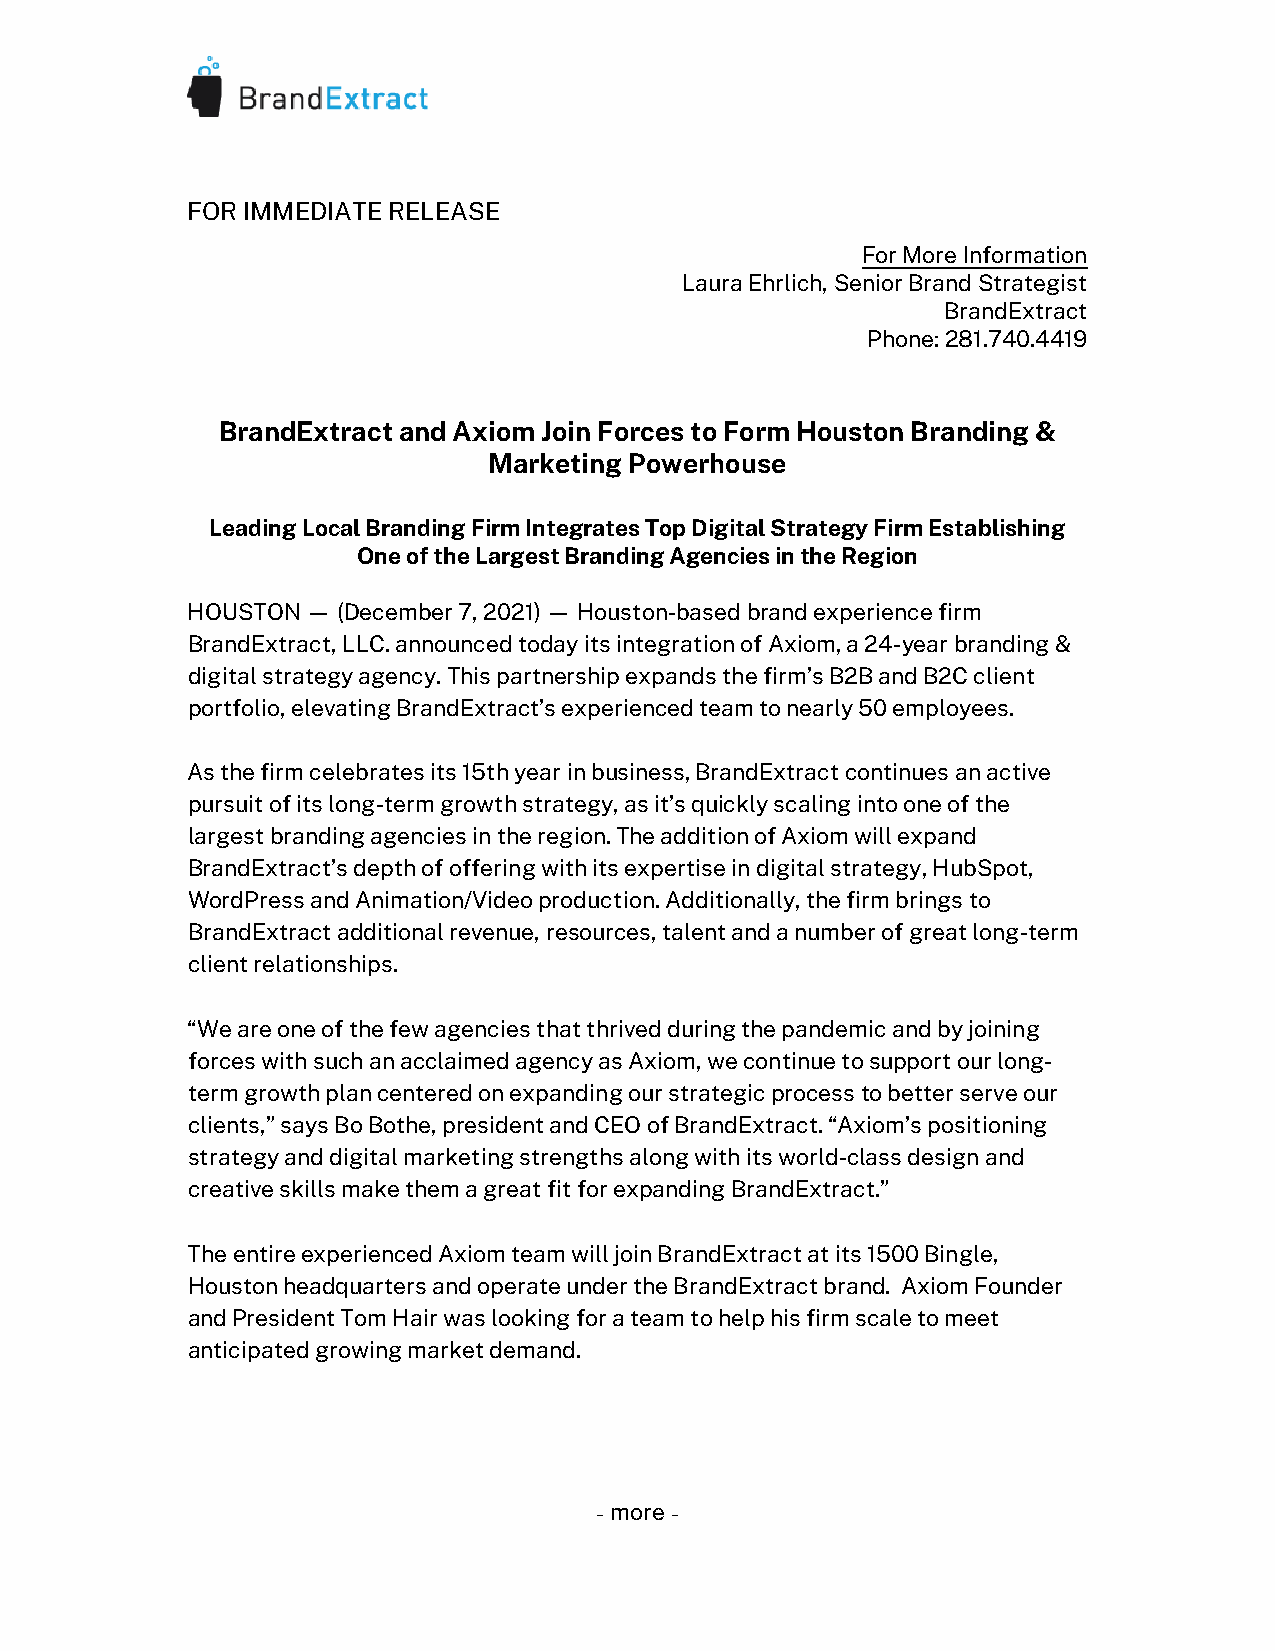
FOR IMMEDIATE RELEASE
 For More Information
 Laura Ehrlich, Senior Brand Strategist
 BrandExtract
 Phone: 281.740.4419
 BrandExtract and Axiom Join Forces to Form Houston Branding &
 Marketing Powerhouse
 Leading Local Branding Firm Integrates Top Digital Strategy Firm Establishing
 One of the Largest Branding Agencies in the Region
 HOUSTON — (December 7, 2021) — Houston-based brand experience firm
 BrandExtract, LLC. announced today its integration of Axiom, a 24-year branding &
 digital strategy agency. This partnership expands the firm’s B2B and B2C client
 portfolio, elevating BrandExtract’s experienced team to nearly 50 employees.
 As the firm celebrates its 15th year in business, BrandExtract continues an active
 pursuit of its long-term growth strategy, as it’s quickly scaling into one of the
 largest branding agencies in the region. The addition of Axiom will expand
 BrandExtract’s depth of offering with its expertise in digital strategy, HubSpot,
 WordPress and Animation/Video production. Additionally, the firm brings to
 BrandExtract additional revenue, resources, talent and a number of great long-term
 client relationships.
 “We are one of the few agencies that thrived during the pandemic and by joining
 forces with such an acclaimed agency as Axiom, we continue to support our long-
 term growth plan centered on expanding our strategic process to better serve our
 clients,” says Bo Bothe, president and CEO of BrandExtract. “Axiom’s positioning
 strategy and digital marketing strengths along with its world-class design and
 creative skills make them a great fit for expanding BrandExtract.”
 The entire experienced Axiom team will join BrandExtract at its 1500 Bingle,
 Houston headquarters and operate under the BrandExtract brand. Axiom Founder
 and President Tom Hair was looking for a team to help his firm scale to meet
 anticipated growing market demand.
 - more -